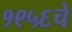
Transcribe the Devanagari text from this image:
१९५६चे